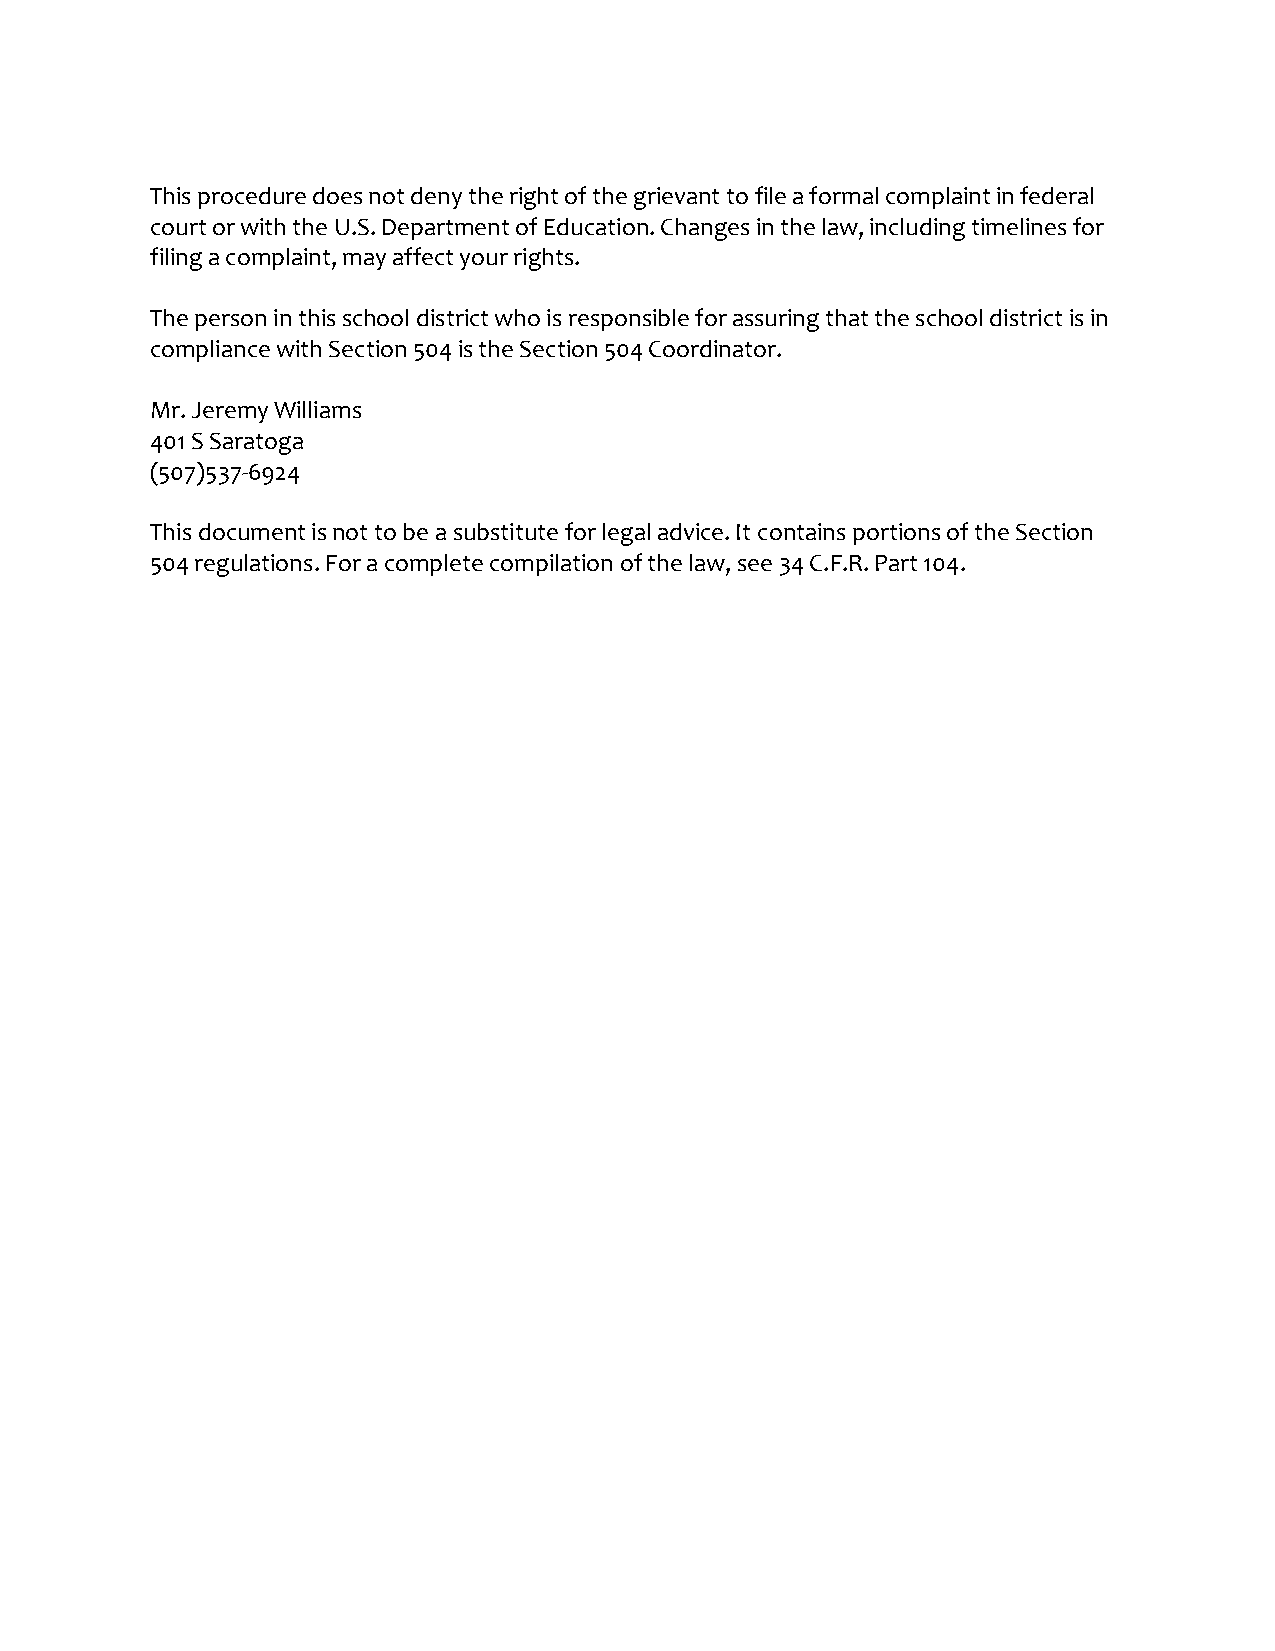
This procedure does not deny the right of the grievant to file a formal complaint in federal
 court or with the U.S. Department of Education. Changes in the law, including timelines for
 filing a complaint, may affect your rights.
 The person in this school district who is responsible for assuring that the school district is in
 compliance with Section 504 is the Section 504 Coordinator.
 Mr. Jeremy Williams
 401 S Saratoga
 (507)537-6924
 This document is not to be a substitute for legal advice. It contains portions of the Section
 504 regulations. For a complete compilation of the law, see 34 C.F.R. Part 104.